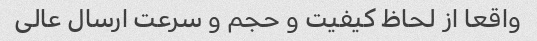
واقعا از لحاظ کیفیت و حجم و سرعت ارسال عالی